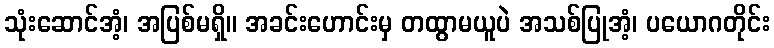
သုံးဆောင်အံ့၊ အပြစ်မရှိ။ အခင်းဟောင်းမှ တထွာမယူပဲ အသစ်ပြုအံ့၊ ပယောဂတိုင်း